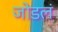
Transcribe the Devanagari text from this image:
जोडलं